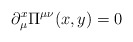
\begin{align*}\partial^x_\mu \Pi^{\mu\nu}(x,y) = 0 \end{align*}